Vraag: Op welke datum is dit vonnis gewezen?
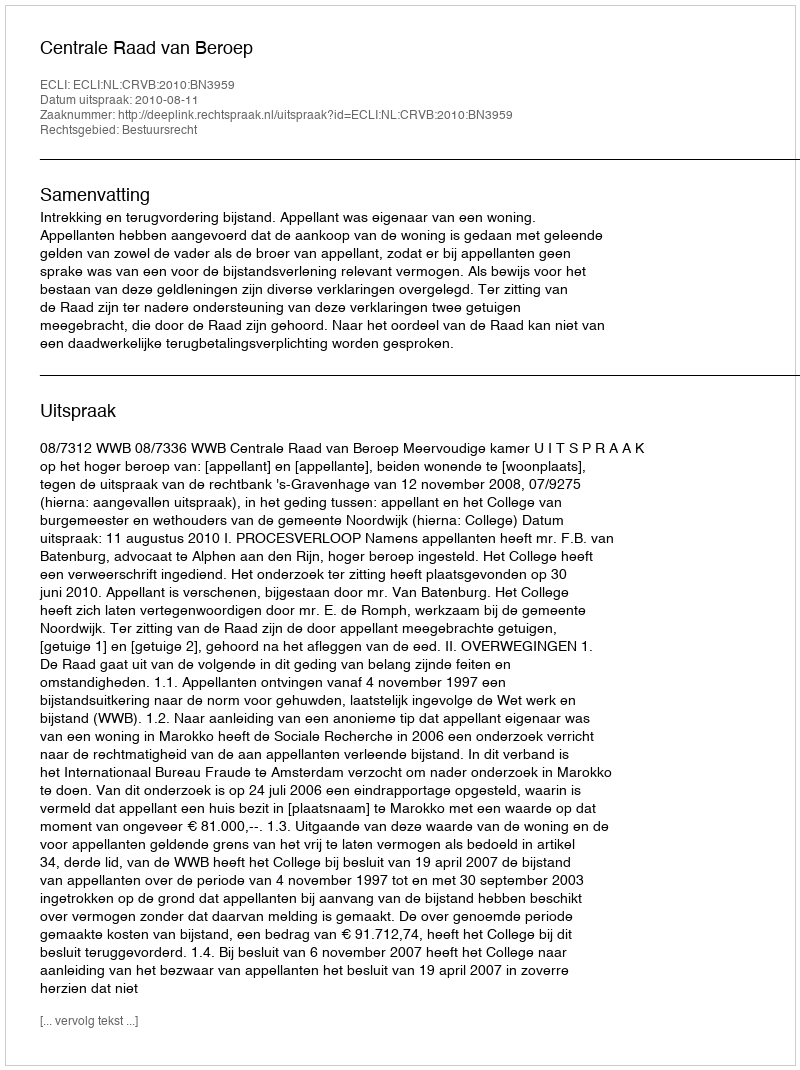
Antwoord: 2010-08-11